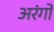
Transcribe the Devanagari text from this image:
अरंगो